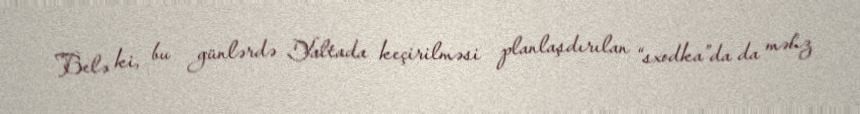
Belə ki, bu günlərdə Yaltada keçirilməsi planlaşdırılan “sxodka”da da məhz